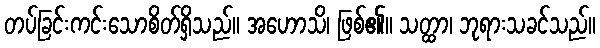
တပ်ခြင်းကင်းသောစိတ်ရှိသည်။ အဟောသိ၊ ဖြစ်၏။ သတ္ထာ၊ ဘုရားသခင်သည်။